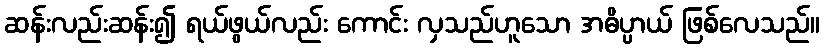
ဆန်းလည်းဆန်း၍ ရယ်ဖွယ်လည်း ကောင်း လှသည်ဟူသော အဓိပ္ပာယ် ဖြစ်လေသည်။